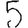
Digit: 5